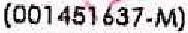
(001451637-M)